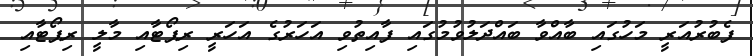
ފެބުރުއަރީ މަހުގައި ބާއްވާ ބައްދަލުވުމުގައި ފާއިތުވި އަހަރުގެ އަހަރީ ރިޕޯޓާއި މާލީ ރިޕޯޓާއި